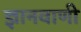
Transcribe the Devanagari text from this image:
ज्ञानवाणी